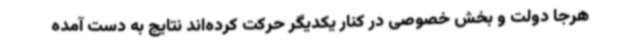
هرجا دولت و بخش خصوصی در کنار یکدیگر حرکت کرده‌اند نتایج به دست آمده